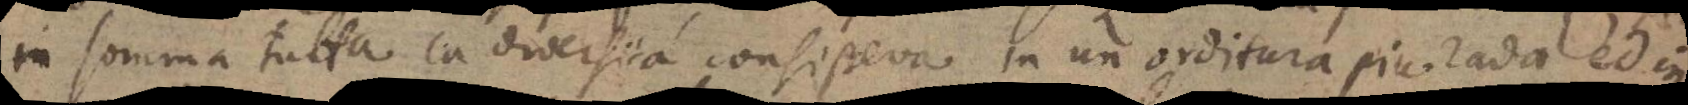
in somma tutta la diversita consisteva in un orditura piu rada, ed in